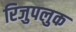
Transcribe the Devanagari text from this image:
रिजुपलुक